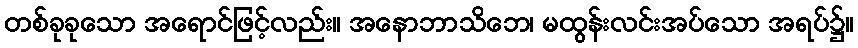
တစ်ခုခုသော အရောင်ဖြင့်လည်း။ အနောဘာသိဘေ၊ မထွန်းလင်းအပ်သော အရပ်၌။